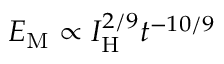
{ \cal E } _ { \mathrm { M } } \propto I _ { \mathrm { H } } ^ { 2 / 9 } t ^ { - 1 0 / 9 }